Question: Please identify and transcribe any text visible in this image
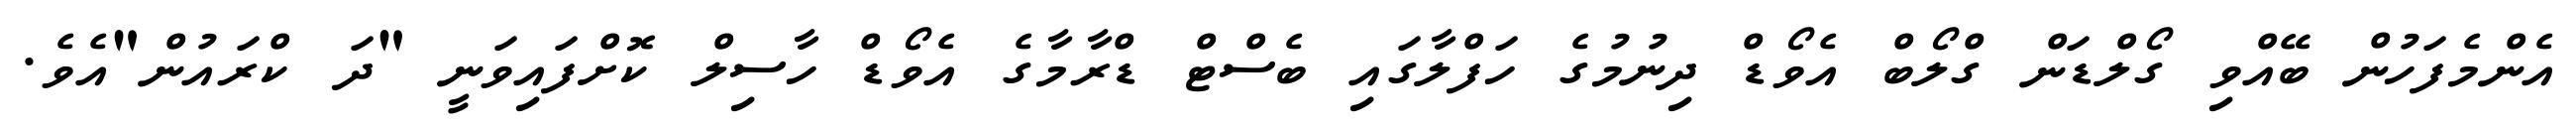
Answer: އެންމެފަހުން ބޭއްވި ގޯލްޑަން ގްލޯބް އެވޯޑް ދިނުމުގެ ހަފްލާގައި ބެސްޓް ޑްރާމާގެ އެވޯޑް ހާސިލް ކޮށްފައިވަނީ "ދަ ކްރައުން"އެވެ.